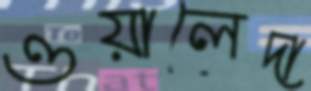
ওয়ালেদা